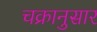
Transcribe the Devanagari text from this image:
चक्रानुसार